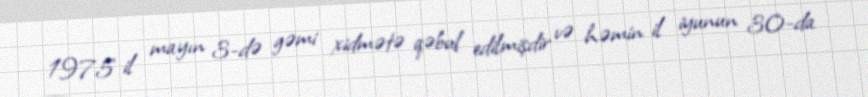
1975 il mayın 3-də gəmi xidmətə qəbul edilmişdir və həmin il iyunun 30-da